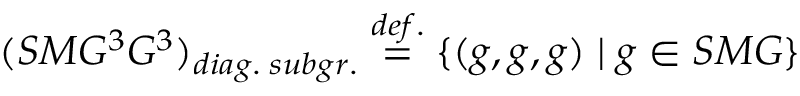
( S M G ^ { 3 } G ^ { 3 } ) _ { d i a g . \; s u b g r . } \stackrel { d e f . } { = } \{ ( g , g , g ) \mid g \in S M G \}